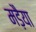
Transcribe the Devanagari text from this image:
मड़ैया